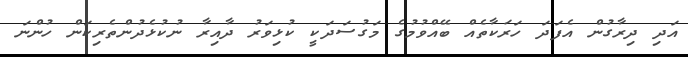
އަދި ދިރާގުން އެފަދަ ހަރަކާތެއް ބޭއްވުމުގެ މަގުސަދަކީ ކުޅިވަރު ދާއިރާ ނުކުޅެދުންތެރިކަން ހުންނަ